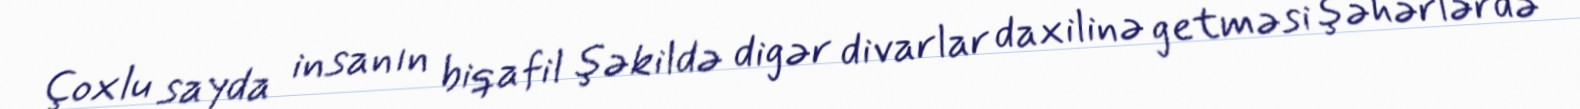
Çoxlu sayda insanın biqafil şəkildə digər divarlar daxilinə getməsi şəhərlərdə